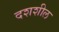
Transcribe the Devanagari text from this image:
दशशील